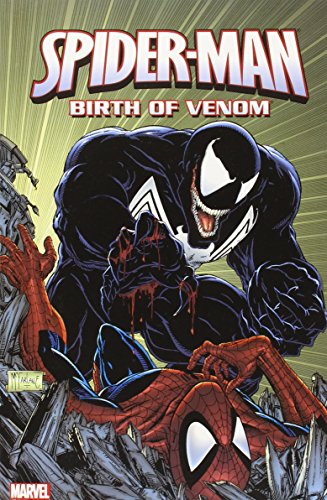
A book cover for Spider-Man: Birth of Venom; Jim Shooter; Children's Books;